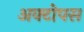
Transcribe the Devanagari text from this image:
अक्टोपस